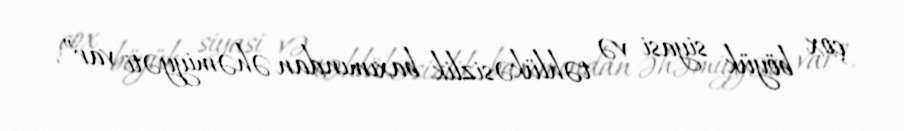
çox böyük siyasi və təhlükəsizlik baxımından əhəmiyyəti var”.